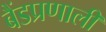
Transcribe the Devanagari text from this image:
बैंडप्रणाली